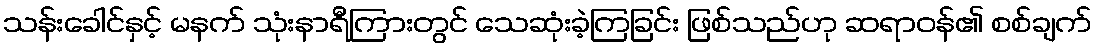
သန်းခေါင်နှင့် မနက် သုံးနာရီကြားတွင် သေဆုံးခဲ့ကြခြင်း ဖြစ်သည်ဟု ဆရာဝန်၏ စစ်ချက်